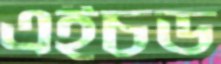
এইচড